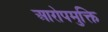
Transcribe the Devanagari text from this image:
आरोपमुक्ति